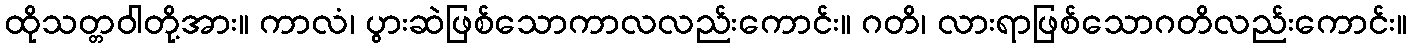
ထိုသတ္တဝါတို့အား။ ကာလံ၊ ပွားဆဲဖြစ်သောကာလလည်းကောင်း။ ဂတိ၊ လားရာဖြစ်သောဂတိလည်းကောင်း။